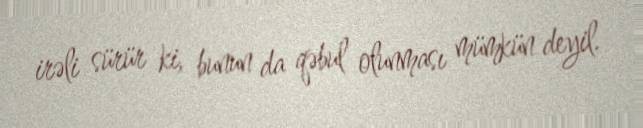
irəli sürür ki, bunun da qəbul olunması mümkün deyil.